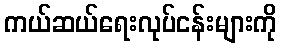
ကယ်ဆယ်ရေးလုပ်ငန်းများကို